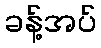
ခန့်အပ်